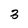
Character: 3